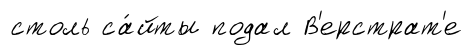
столь са́йты подал В'ерстрат'е